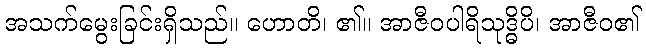
အသက်မွေးခြင်းရှိသည်။ ဟောတိ၊ ၏။ အာဇီဝပါရိသုဒ္ဓိပိ၊ အာဇီဝ၏